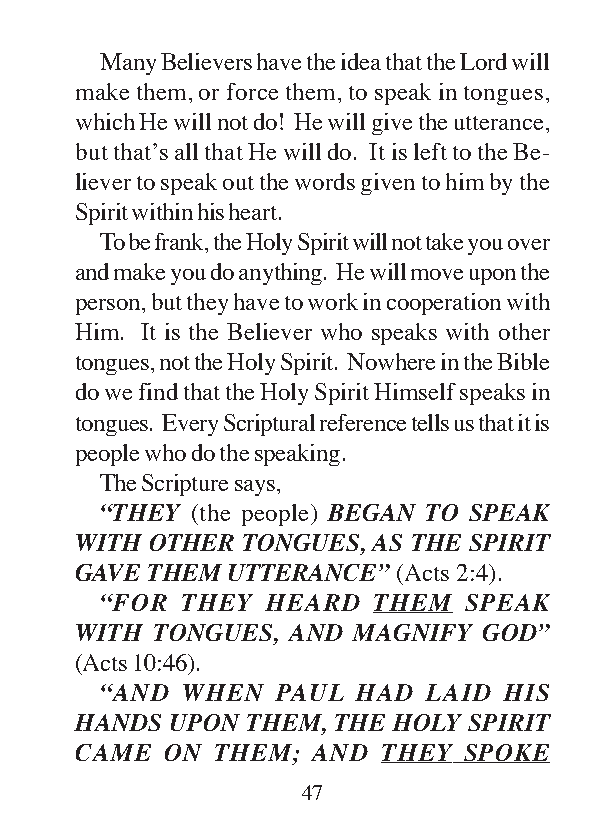
Many Believers have the idea that the Lord will
 make them, or force them, to speak in tongues,
 which He will not do! He will give the utterance,
 but that’s all that He will do. It is left to the Be-
 liever to speak out the words given to him by the
 Spirit within his heart.
 To be frank, the Holy Spirit will not take you over
 and make you do anything. He will move upon the
 person, but they have to work in cooperation with
 Him. It is the Believer who speaks with other
 tongues, not the Holy Spirit. Nowhere in the Bible
 do we find that the Holy Spirit Himself speaks in
 tongues. Every Scriptural reference tells us that it is
 people who do the speaking.
 The Scripture says,
 “THEY (the people) BEGAN TO SPEAK
 WITH OTHER TONGUES, AS THE SPIRIT
 GAVE THEM UTTERANCE” (Acts 2:4).
 “FOR THEY  HEARD  THEM  SPEAK
 WITH TONGUES, AND MAGNIFY  GOD”
 (Acts 10:46).
 “AND WHEN  PAUL  HAD LAID HIS
 HANDS UPON THEM, THE HOLY SPIRIT
 CAME  ON THEM;  AND THEY  SPOKE
 47